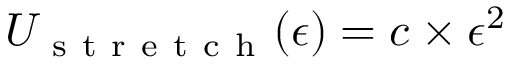
U _ { \mathrm { ~ s ~ t ~ r ~ e ~ t ~ c ~ h ~ } } ( \epsilon ) = c \times \epsilon ^ { 2 }